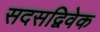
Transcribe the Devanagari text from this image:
सदसद्विवेक